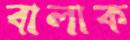
বালাক